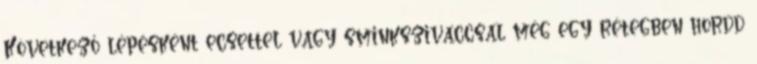
Következő lépésként ecsettel vagy sminkszivaccsal még egy rétegben hordd